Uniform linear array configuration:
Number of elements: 4
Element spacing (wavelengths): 1
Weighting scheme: uniform
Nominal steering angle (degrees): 45
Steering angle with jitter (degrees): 43.638
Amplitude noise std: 0.05
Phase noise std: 0.05

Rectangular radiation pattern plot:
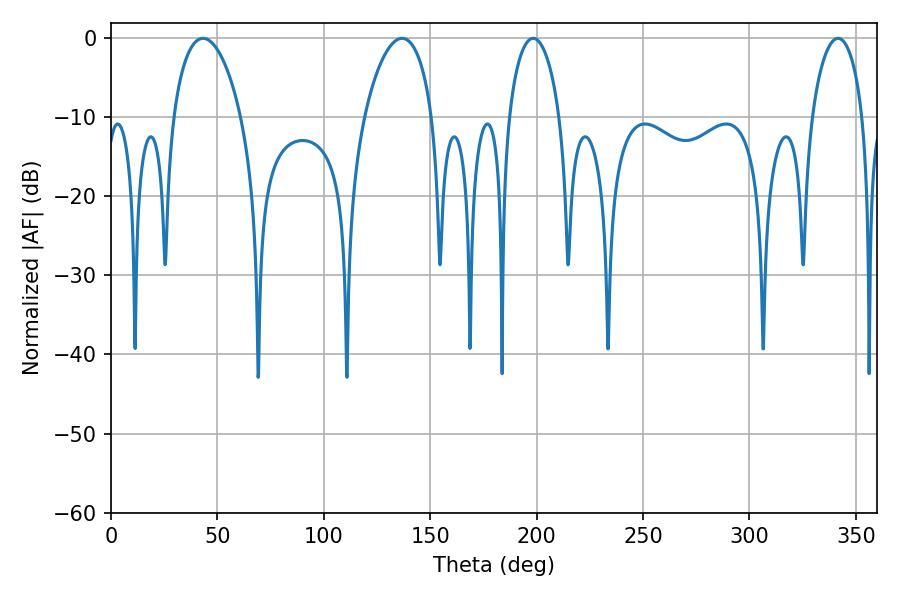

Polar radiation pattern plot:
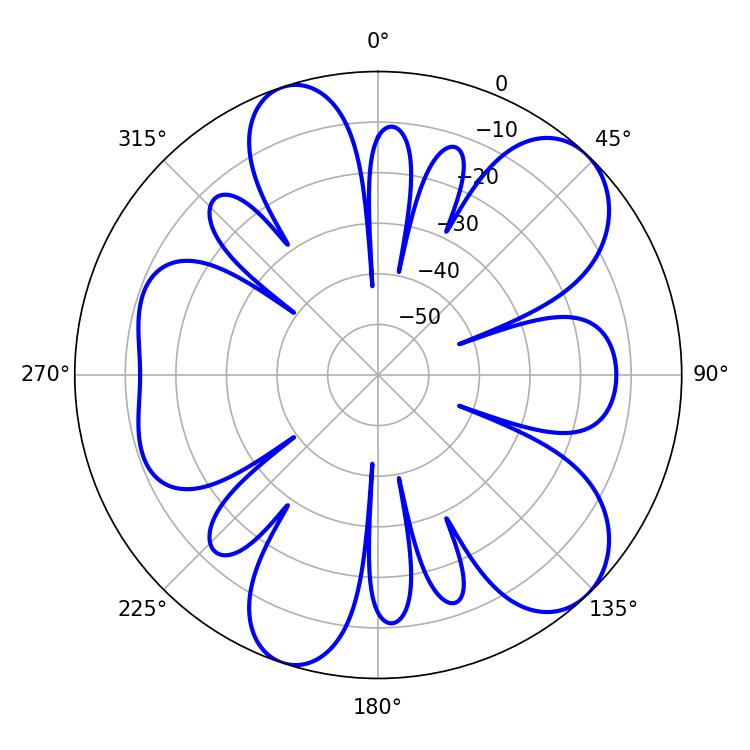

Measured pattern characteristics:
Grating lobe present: TRUE
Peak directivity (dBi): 9.087
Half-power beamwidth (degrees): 13.68
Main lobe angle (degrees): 198.36